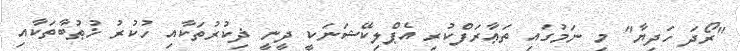
"ރޯދަ ހަދިޔާ" މި ނަމުގައި ތަޢާރަފްކުރި އެޕްލިކޭޝަނަކީ ދީނީ ޛިކުރުތަކާއި ހުކުރު ޚުޠުބާތަކާއި